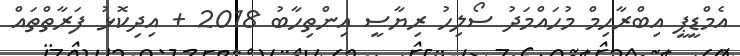
އެމްޑީޕީ އިބްރާހިމް މުހައްމަދު ސޯލިހު ރިޔާސީ އިންތިހާބު 2018 + އިދިކޮޅު ފަރާތްތައް